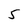
Character: 5